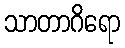
သာတာဂိရော